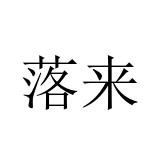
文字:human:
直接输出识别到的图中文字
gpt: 落来